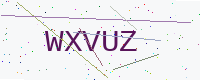
Text: WXVUZ